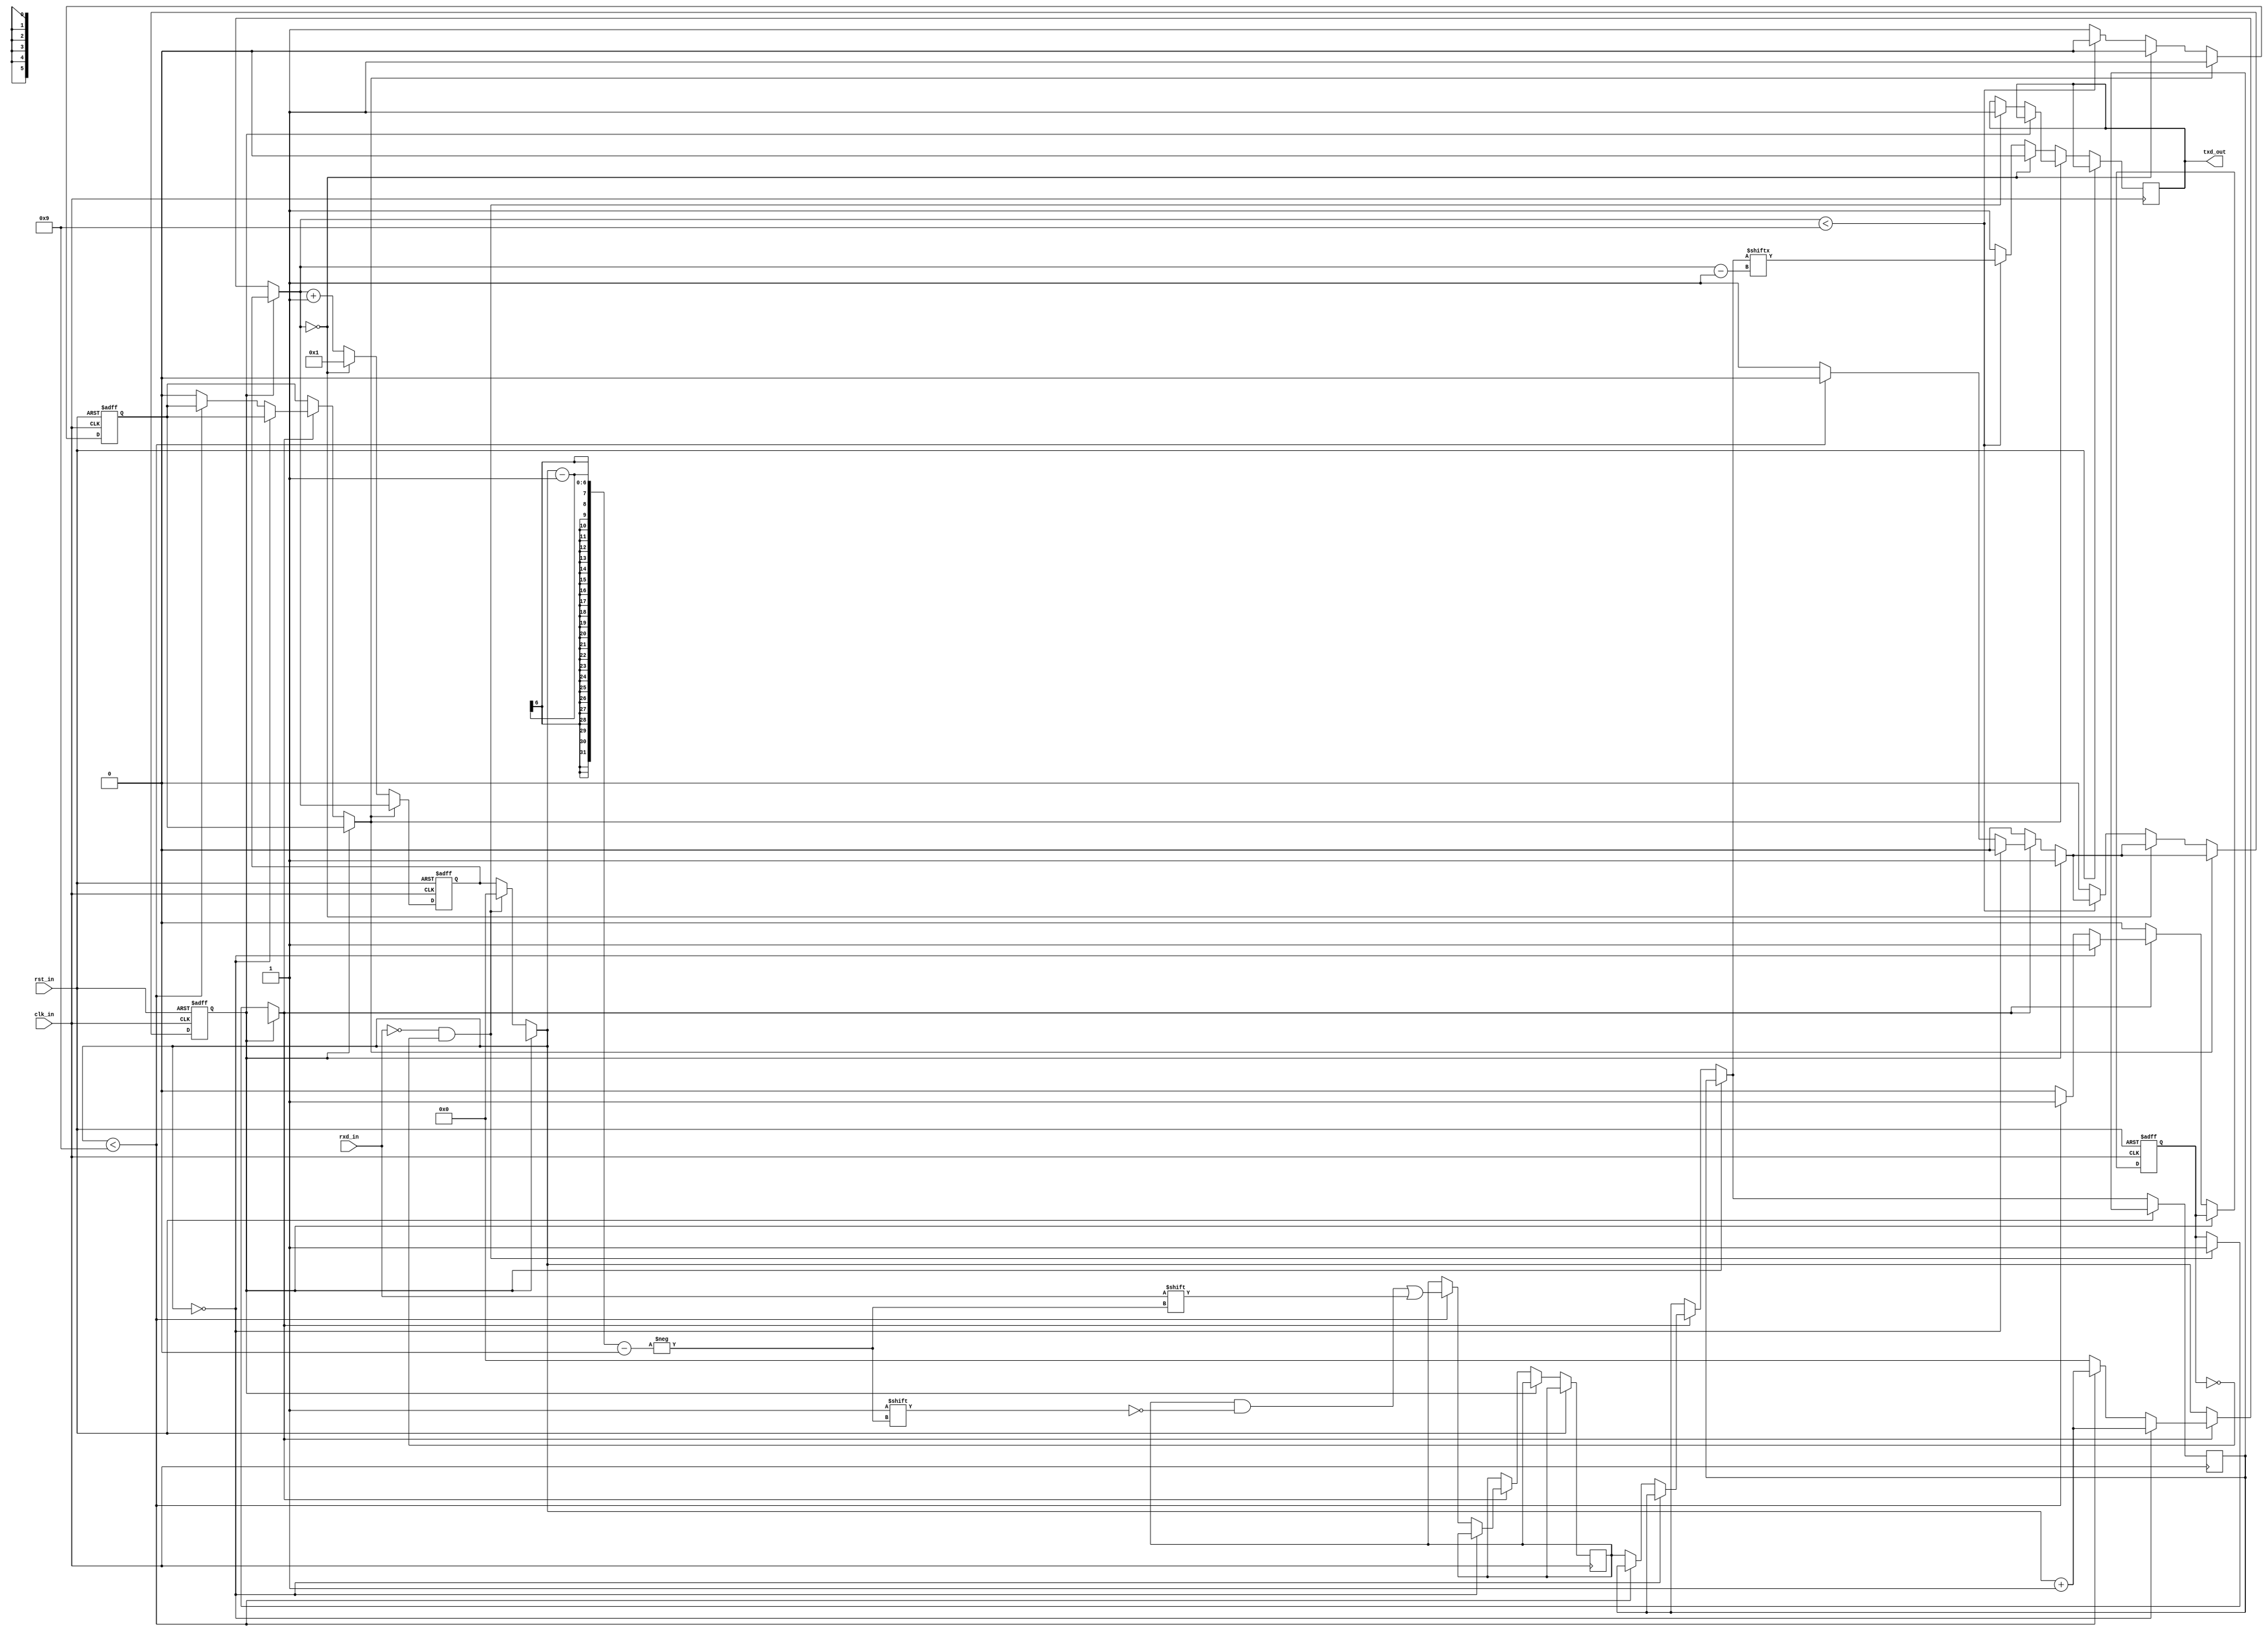
`timescale 1s / 1ms
//////////////////////////////////////////////////////////////////////////////////
//
// Design Name: 	rs232
// Description:    	Port rs232 ( receiver and transmitter)
// 
//////////////////////////////////////////////////////////////////////////////////
module rs232
       (input wire 	clk_in,
	input wire  	rxd_in,
	input wire 	rst_in,
	output reg 	txd_out);
	
	reg [5:0] 	bit_nr;
	reg		bit_start;
	reg		bit_stop;
	reg [7:0]	txd_temp;
	reg [7:0]	txd_sum;
	
	reg		ctrl_rready;
	reg		ctrl_tready;
	reg		ctrl_wdata;
	reg		ctrl_rstart;
	
	// receiver
	initial begin
		ctrl_rready = 0;
		ctrl_tready = 1;
		ctrl_rstart = 0;
	end
	
	always @ (posedge clk_in or posedge rst_in ) begin
	
		if (rst_in == 1) begin
			ctrl_rready = 0;
			ctrl_tready = 1;
			ctrl_rstart = 0;
			//txd_out = 1;
			bit_nr =0;
		end
		else begin
		//receiver
			if(ctrl_rready == 0 ) begin //& ctrl_rst == 0
				if(rxd_in == 0 & ctrl_rstart != 1) begin
					bit_nr = 0;
					ctrl_rstart = 1;
					txd_out = 1;
				end
				if (ctrl_rstart == 1) begin
					if(bit_nr ==0) begin
						bit_start = rxd_in;
						bit_nr = bit_nr + 1;
					end
					else begin
						if(bit_nr < 5'd9) begin
							txd_temp [bit_nr-1] = rxd_in; // serial to parallel
							bit_nr = bit_nr +1;
						end
						else begin
							bit_stop = rxd_in;
							ctrl_rstart = 0;
							ctrl_rready = 1;
							txd_sum = txd_temp ;//+ 8'h20;
							bit_nr = 0;
							ctrl_tready = 0;
						end
					end
				end
			end
		
			//transmitter
			if(ctrl_tready == 0 )begin //& ctrl_rst == 0
				if(bit_nr == 0) begin
					bit_nr = 1;
					txd_out = 0;
				end
				else begin
					if(bit_nr < 5'd9) begin
						txd_out = txd_sum [bit_nr-1]; // parallel to serial
						bit_nr = bit_nr + 1;
					end
					else begin
						txd_out = 1;
						bit_nr = bit_nr + 1;
						ctrl_tready = 1;
						ctrl_rready = 0;
					end
				end
			end
		end
	end
	
endmodule // rs232